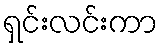
ရှင်းလင်းကာ